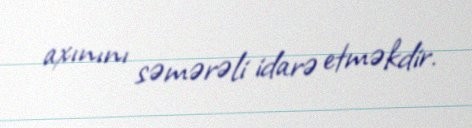
axınını səmərəli idarə etməkdir.